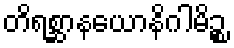
တိရစ္ဆာနယောနိဂါမိဉ္စ